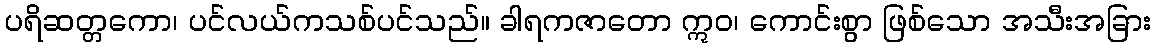
ပရိဆတ္တကော၊ ပင်လယ်ကသစ်ပင်သည်။ ခါရကဇာတော ဣဝ၊ ကောင်းစွာ ဖြစ်သော အသီးအခြား